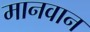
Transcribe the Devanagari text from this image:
मानवान